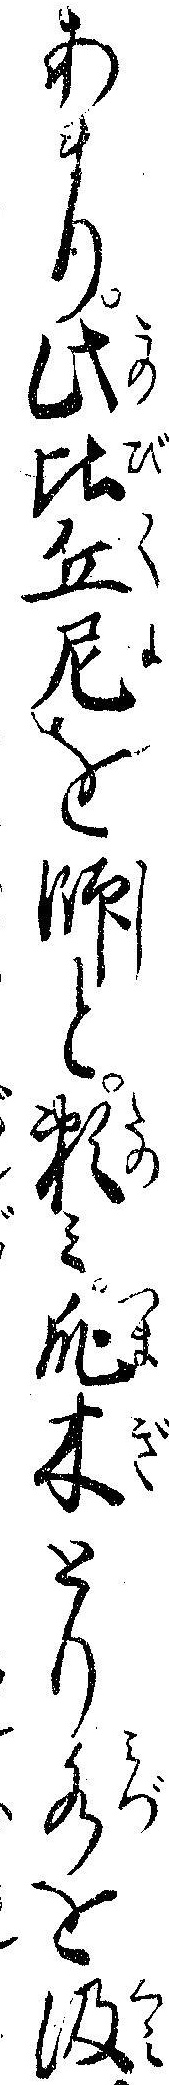
あまり此比丘尼を師と頼ミ爪木とり水を汲